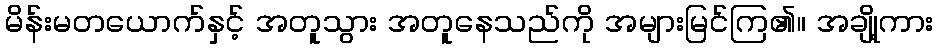
မိန်းမတယောက်နှင့် အတူသွား အတူနေသည်ကို အများမြင်ကြ၏။ အချို့ကား